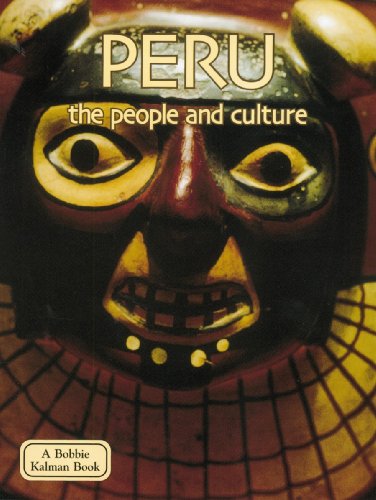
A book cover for Peru the People and Culture (Lands, Peoples, & Cultures); Bobbie Kalman; Children's Books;